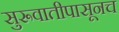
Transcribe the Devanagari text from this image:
सुरूवातीपासूनच